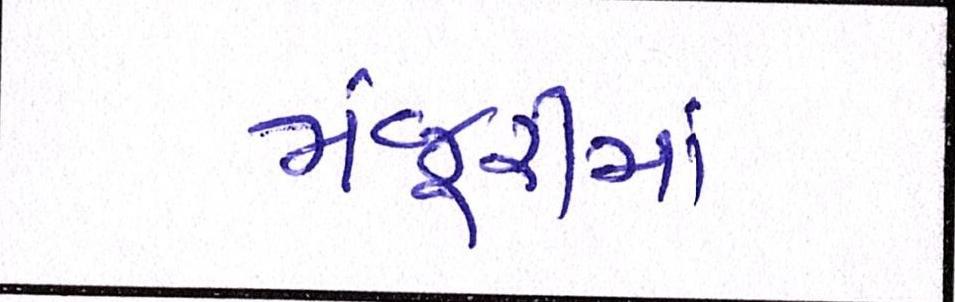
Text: મંજૂરીમાં